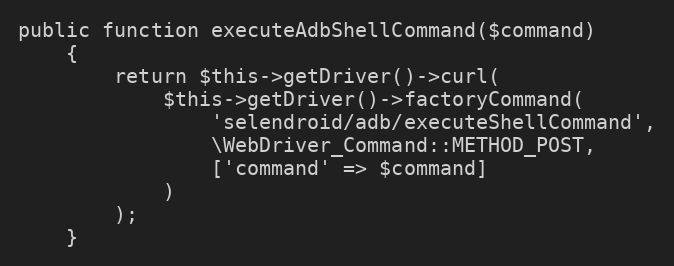
Language: PHP
public function executeAdbShellCommand($command)
    {
        return $this->getDriver()->curl(
            $this->getDriver()->factoryCommand(
                'selendroid/adb/executeShellCommand',
                \WebDriver_Command::METHOD_POST,
                ['command' => $command]
            )
        );
    }